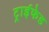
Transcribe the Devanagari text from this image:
ट्राईफेड